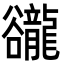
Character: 豅